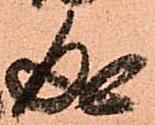
成